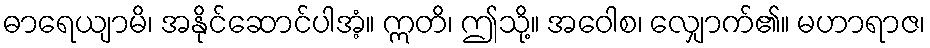
ဓာရေယျာမိ၊ အနိုင်ဆောင်ပါအံ့။ ဣတိ၊ ဤသို့။ အဝေါစ၊ လျှောက်၏။ မဟာရာဇ၊